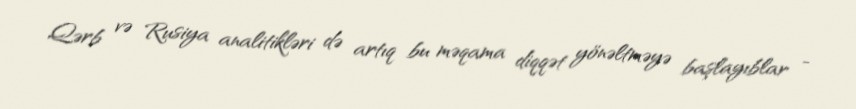
Qərb və Rusiya analitikləri də artıq bu məqama diqqət yönəltməyə başlayıblar -